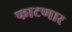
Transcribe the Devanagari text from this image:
फाटणार